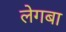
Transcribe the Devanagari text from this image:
लेगबा